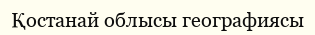
Қостанай облысы географиясы